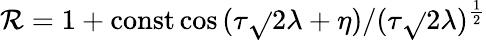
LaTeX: \mathcal{R}=1+\mathrm{{const}}\cos{(\tau\sqrt{}{{2\lambda}}+\eta)}/(\tau\sqrt{}{{2\lambda}})^{{\frac{{1}}{{2}}}}